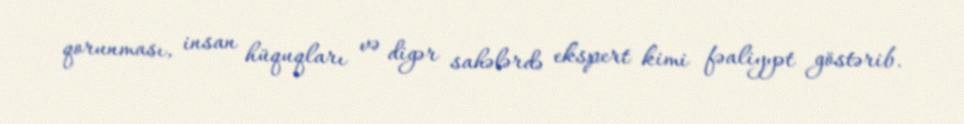
qorunması, insan hüquqları və digər sahələrdə ekspert kimi fəaliyyət göstərib.